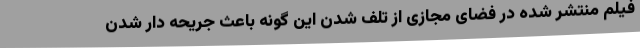
فیلم منتشر شده در فضای مجازی از تلف شدن این گونه باعث جریحه دار شدن